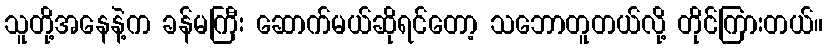
သူတို့အနေနဲ့က ခန်မကြီး ဆောက်မယ်ဆိုရင်တော့ သဘောတူတယ်လို့ တိုင်ကြားတယ်။